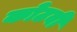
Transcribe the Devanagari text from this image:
कोटवी